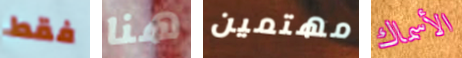
فقط هنا مهتمين الأسماك